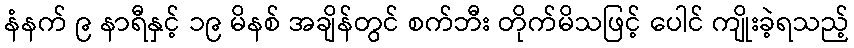
နံနက် ၉ နာရီနှင့် ၁၉ မိနစ် အချိန်တွင် စက်ဘီး တိုက်မိသဖြင့် ပေါင် ကျိုးခဲ့ရသည့်